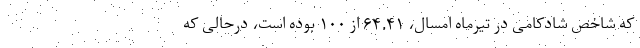
که شاخص شادکامی در تیرماه امسال، ۶۴.۴۱ از ۱۰۰ بوده است، درحالی که